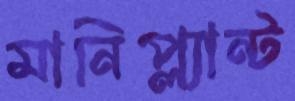
মানিপ্ল্যান্ট